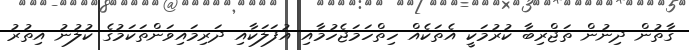
ގާތުން ދިނުން ތަޖްރިބާ ކުރުމަކީ އެތަކެއް ހިތްހަމަޖެހުމާއި އުފަލަކާއި ދަރިމައިވަންތަކަމުގެ ކުލުނު އިތުރު